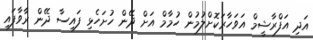
އަދި އަފްރާޝީމް އަވަހާރަކޮށްލުމުން ހުމާމް އަށް ދޭން ހުށަހެޅި ފައިސާ ދޭން ރާވާފައި